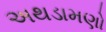
અથડામણો